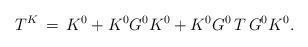
LaTeX: \begin{align*}T^K\,=\,K^0+K^0G^0K^0+K^0G^0\,T\,G^0K^0.\end{align*}